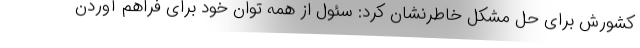
کشورش برای حل مشکل خاطرنشان کرد: سئول از همه توان خود برای فراهم آوردن